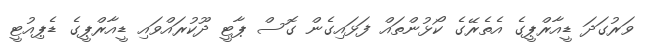
ވަރުގަދަ ޑީއާރްޕީގެ އެތެރޭގެ ކޯޅުންތައް ފަޅައިގެން ގޮސް ޕާޓީ ދޫކުރައްވައި ޑީއާރްޕީގެ ޑެޕިއުޓީ